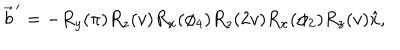
\vec { b } ^ { \, \prime } = - R _ { y } ( \pi ) R _ { z } ( v ) R _ { x } ( \phi _ { 4 } ) R _ { z } ( 2 v ) R _ { x } ( \phi _ { 2 } ) R _ { z } ( v ) \hat { x } ,